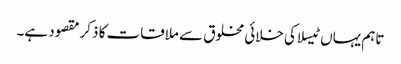
تاہم یہاں ٹیسلا کی خلائی مخلوق سے ملاقات کا ذکر مقصود ہے۔